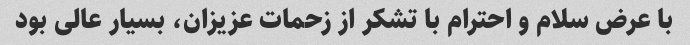
با عرض سلام و احترام با تشکر از زحمات عزیزان، بسیار عالی بود